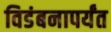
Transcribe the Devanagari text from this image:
विडंबनापर्यंत